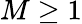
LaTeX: M\ge 1